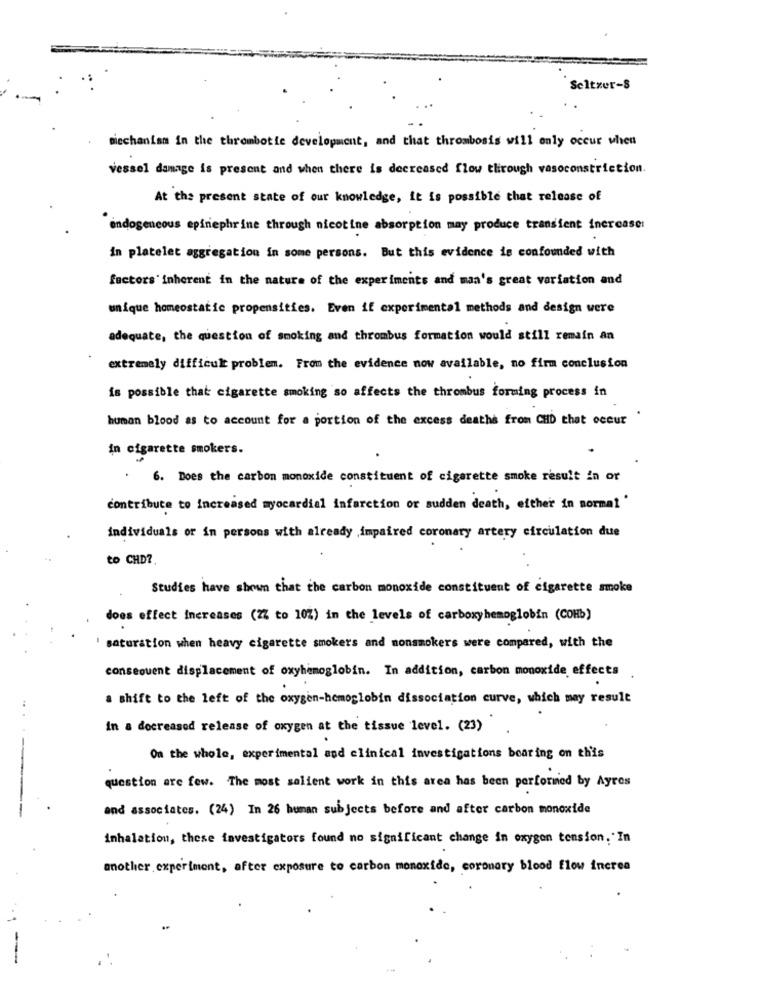
Seltzer-S
mechanism in the thrombotie development, and that thrombosis will only occur when
vessel damage is present and when there is decreased flow through vasoconstriction.
At the present state of our knowledge, it is possible that release of
endogeneous epinephrine through nicotine absorption may produce transient inercase:
in platelet aggregation in some persons. But this evidence is confounded with
factors inherent in the nature of the experiments and man's great variation and
unique homeostatic propensities. Even if experimental methods and design were
adequate, the question of smoking and thrombus formation would still remain an
extremely difficult problem. From the evidence now available, no firm conclusion
is possible that cigarette smoking so affects the thrombus forming process in
human blood as to account for a portion of the excess deaths from CHD that occur
in cigarette smokers.
6. Does the carbon monoxide constituent of cigarette smoke result in or
contribute to Increased myocardial infarction or sudden death, either in normal '
individuals or in persons with already ,impaired coronary artery circulation due
to CHD ?.
Studies have shown that the carbon monoxide constituent of cigarette smoke
does effect increases (77 to 10%) in the levels of carboxyhemoglobin (COHb)
' saturation when heavy cigarette smokers and nonsmokers were compared, with the
consequent displacement of oxyhemoglobin. In addition, carbon monoxide effects
a shift to the left of the oxygen-hemoglobin dissociation curve, which may result
in a decreased release of oxygen at the tissue level. (23)
On the whole, experimental and clinical investigations bearing on this
question are few. The most salient work in this area has been performed by Ayres
and associates. (24) In 26 human subjects before and after carbon monoxide
inhalation, these favestigators found no significant change in oxygen tension, In
another experiment, after exposure to carbon monoxide, coronary blood flow inerea